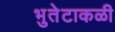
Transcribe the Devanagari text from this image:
भुतेटाकळी